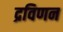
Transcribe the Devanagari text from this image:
द्रविणन